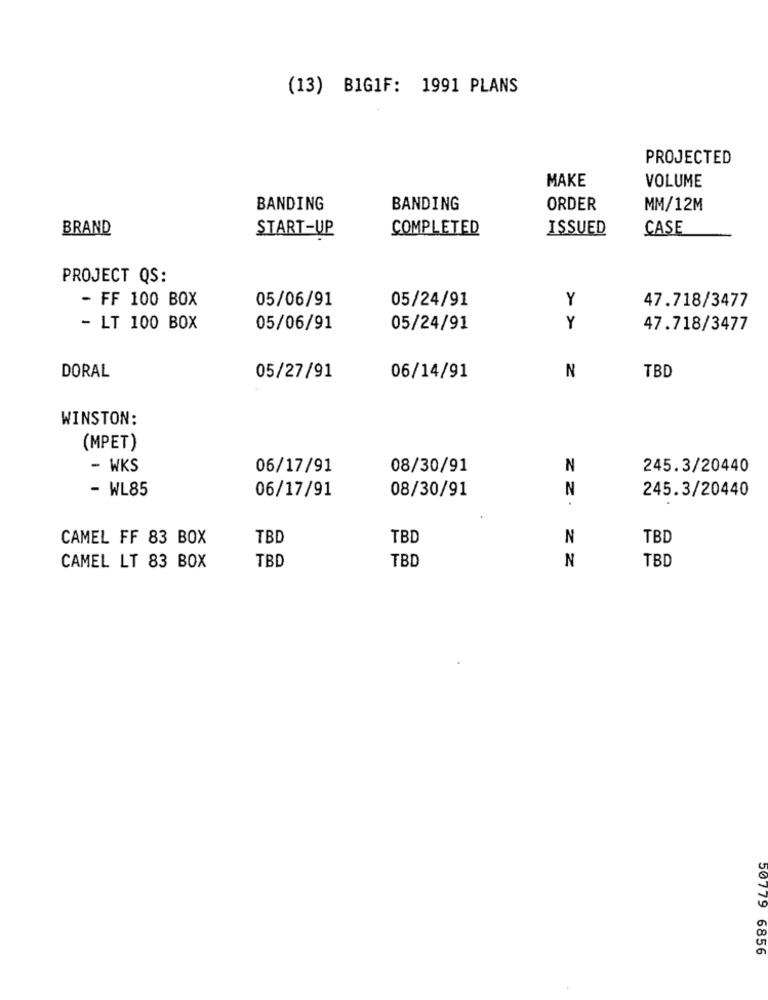
(13) BIG1F: 1991 PLANS
PROJECTED
MAKE
VOLUME
BANDING
BANDING
ORDER
MM/12M
BRAND
COMPLETED
ISSUED
CASE
START-UP
PROJECT QS:
- FF 100 BOX
05/06/91
05/24/91
Y
47.718/3477
- LT 100 BOX
05/06/91
05/24/91
Y
47.718/3477
DORAL
05/27/91
06/14/91
N
TBE
WINSTON:
(MPET)
- WKS
06/17/91
08/30/91
N
245.3/20440
- WL85
06/17/91
08/30/91
N
245.3/20440
.
CAMEL FF 83 BOX
TBD
TBD
N
TBD
TBD
TBD
N
TBD
CAMEL LT 83 BOX
50779 6856